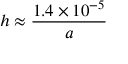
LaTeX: h \approx { \frac { 1 . 4 \times 1 0 ^ { - 5 } } { a } }